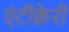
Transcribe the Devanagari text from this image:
एंटीक्वेरी